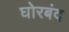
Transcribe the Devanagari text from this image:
घोरबंद